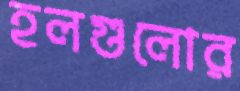
হলগুলোর